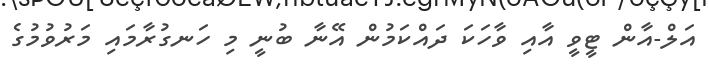
އަލް-އާން ޓީވީ އާއި ވާހަކަ ދައްކަމުން އޭނާ ބުނީ މި ހަނގުރާމައި މަރުވުމުގެ